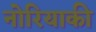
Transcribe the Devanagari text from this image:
नोरियाकी